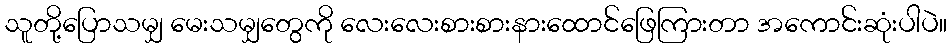
သူတို့ပြောသမျှ မေးသမျှတွေကို လေးလေးစားစားနားထောင်ဖြေကြားတာ အကောင်းဆုံးပါပဲ။